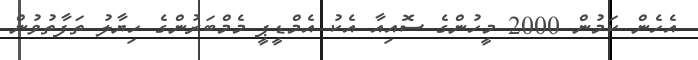
އެހެން ކަމުން 2000 މީހުންގެ ސޮއިއާ އެކު އެމްޑީޕީ މެމްބަރުންގެ ހިޔާލު ތަފާތުވުން